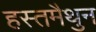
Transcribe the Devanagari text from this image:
हस्‍तमैथुन